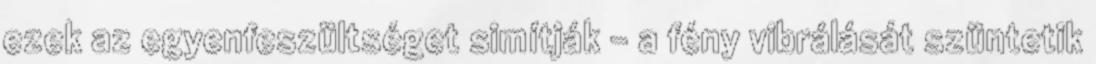
ezek az egyenfeszültséget simítják - a fény vibrálását szüntetik